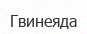
Гвинеяда